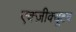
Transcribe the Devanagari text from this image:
एक्ज़ीक्यूटव